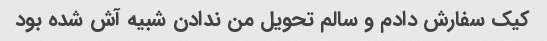
کیک سفارش دادم و سالم تحویل من ندادن شبیه آش شده بود